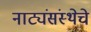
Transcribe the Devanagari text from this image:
नाट्यंसंस्थेचे